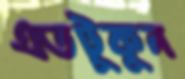
এতটুকুন